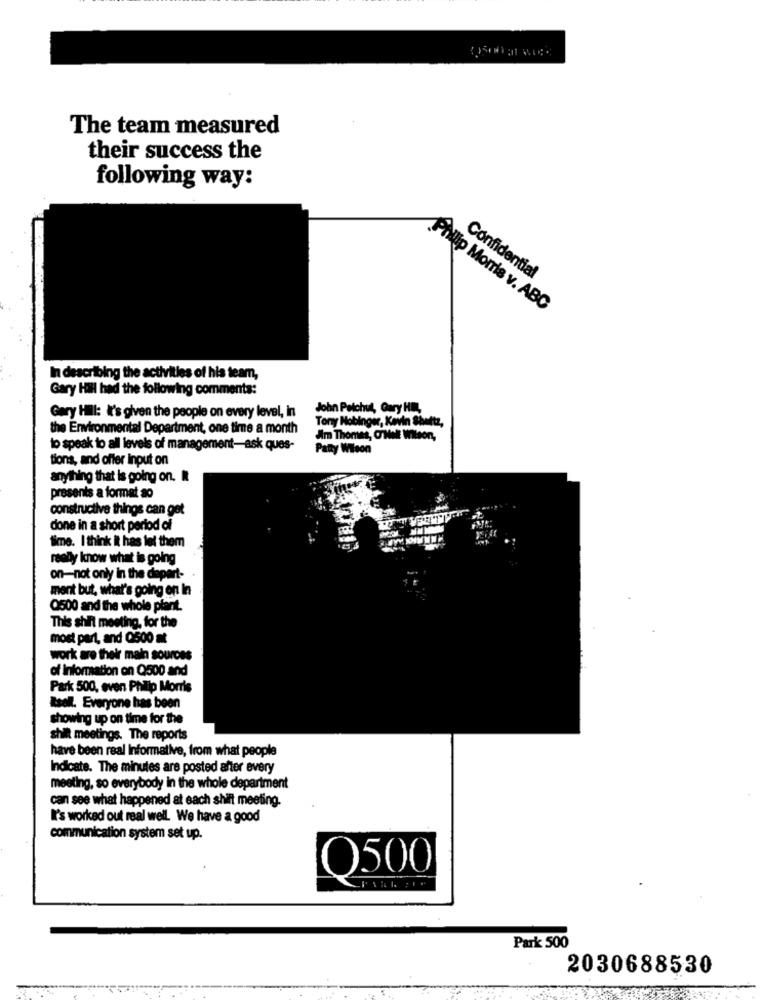
The team measured
their success the
following way:
Confidential
Philip Morris v. ABC
In describing the activities of his team,
Gary Hill had the following comments:
John Pelchut, Gary HILL
Gary Hill: It's given the people on every level, in
Tony Nobinger, Kevin Shultz,
the Environmental Department, one time a month
Am Thomes, OrHelt Wilson,
to speak to all levels of management-ask ques-
Patty Wilson
tions, and offer Input on
anything that is going on.
presents a format ao
constructive things can get
done in a short period of
time. I think it has let them
really know what is going
on-not only in the depart-
ment but, what's going on In
Q500 and the whole plant.
This shit meeting, for the
most part, and 0500 mt
work are their main sources
of Information on Q500 and
Park 500, even Philip Morris
Rsoll. Everyone has been
showing up on time for the
shil meetings. The reports
have been real Informative, from what people
Indicate. The minutes are posted after every
meeting, so everybody in the whole department
can see what happened at each shift meeting.
I's worked out real well. We have a good
communication system set up.
Q500
Park 500
2030688530